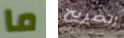
ما الضريح